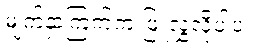
မျက်နှာကြက်က ဖြူလွှလို့ပါပဲ။